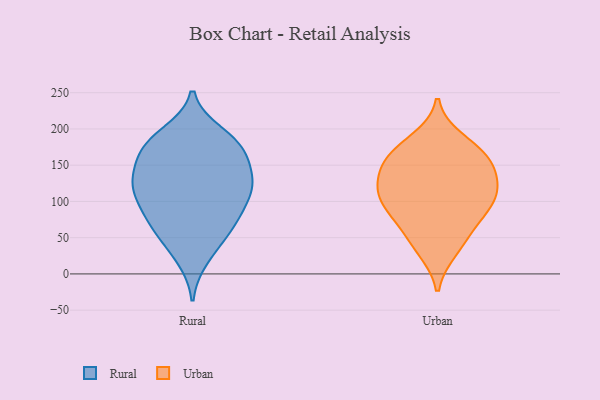
{"axis": {"x": "Active Users", "y": "Value"}, "legend": ["Rural", "Urban"], "data": [{"x": "", "y": 71, "type": "Rural"}, {"x": "", "y": 183, "type": "Rural"}, {"x": "", "y": 39, "type": "Rural"}, {"x": "", "y": 175, "type": "Rural"}, {"x": "", "y": 155, "type": "Rural"}, {"x": "", "y": 128, "type": "Rural"}, {"x": "", "y": 157, "type": "Rural"}, {"x": "", "y": 99, "type": "Rural"}, {"x": "", "y": 22, "type": "Rural"}, {"x": "", "y": 126, "type": "Rural"}, {"x": "", "y": 193, "type": "Rural"}, {"x": "", "y": 67, "type": "Rural"}, {"x": "", "y": 69, "type": "Rural"}, {"x": "", "y": 76, "type": "Rural"}, {"x": "", "y": 125, "type": "Rural"}, {"x": "", "y": 117, "type": "Rural"}, {"x": "", "y": 120, "type": "Rural"}, {"x": "", "y": 114, "type": "Rural"}, {"x": "", "y": 173, "type": "Rural"}, {"x": "", "y": 182, "type": "Rural"}, {"x": "", "y": 154, "type": "Urban"}, {"x": "", "y": 88, "type": "Urban"}, {"x": "", "y": 107, "type": "Urban"}, {"x": "", "y": 115, "type": "Urban"}, {"x": "", "y": 109, "type": "Urban"}, {"x": "", "y": 148, "type": "Urban"}, {"x": "", "y": 68, "type": "Urban"}, {"x": "", "y": 118, "type": "Urban"}, {"x": "", "y": 165, "type": "Urban"}, {"x": "", "y": 86, "type": "Urban"}, {"x": "", "y": 44, "type": "Urban"}, {"x": "", "y": 169, "type": "Urban"}, {"x": "", "y": 33, "type": "Urban"}, {"x": "", "y": 140, "type": "Urban"}, {"x": "", "y": 185, "type": "Urban"}]}